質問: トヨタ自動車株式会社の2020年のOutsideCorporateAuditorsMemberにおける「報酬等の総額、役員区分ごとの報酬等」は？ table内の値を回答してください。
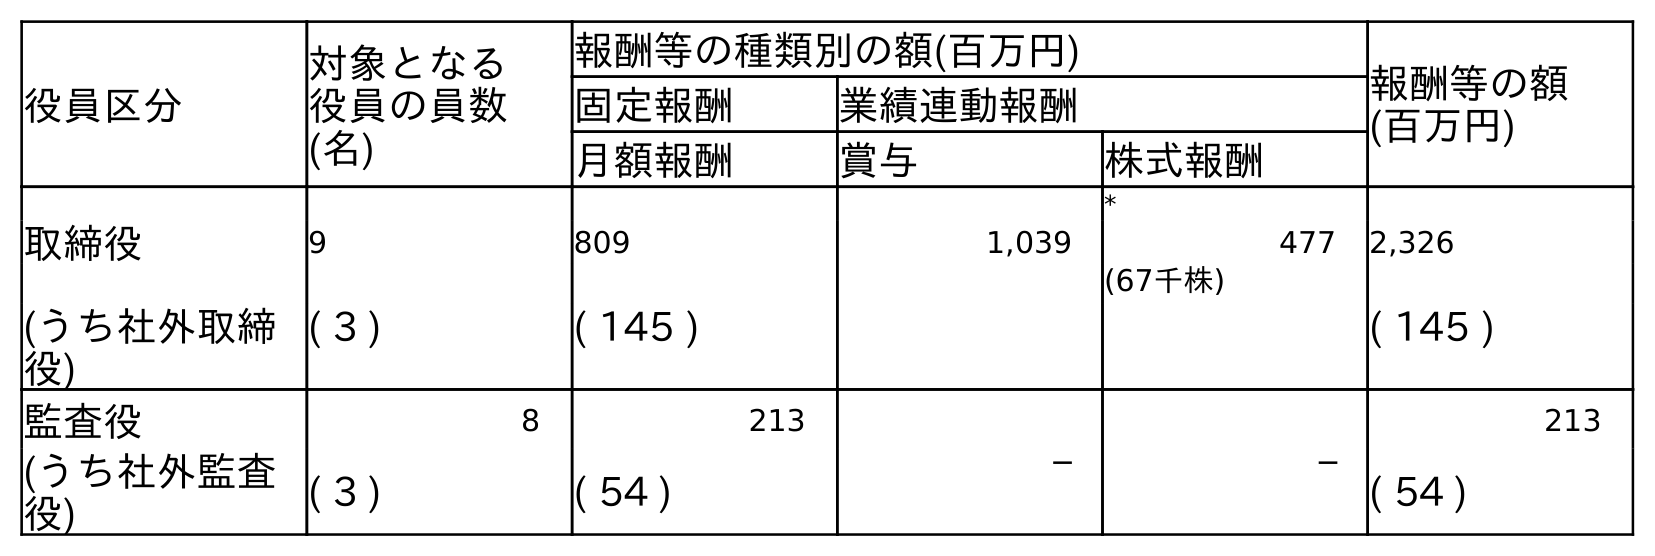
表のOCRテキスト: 役員区分 対象となる 役員の員数 (名) 報酬等の種類別の額(百万円) 報酬等の額 (百万円) 固定報酬 業績連動報酬 月額報酬 賞与 株式報酬 * 取締役 9 809 1,039 477 2,326 (67千株) (うち社外取締 役) ( 3 ) ( 145 ) ( 145 ) 監査役 8 213 ─ ─ 213 (うち社外監査 役) ( 3 ) ( 54 ) ( 54 )
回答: (54)